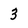
Character: 3